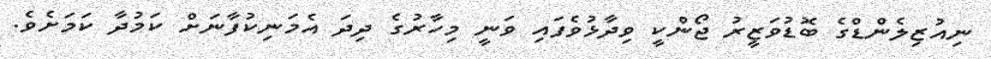
ނިއުޒިލެންޑްގެ ބޮޑުވަޒީރު ޖޯންކީ ވިދާޅުވެފައި ވަނީ މިހާރުގެ ދިދަ އެމަނިކުފާނަށް ކަމުދާ ކަމަށެވެ.